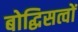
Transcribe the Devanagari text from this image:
बोद्धिसत्वों